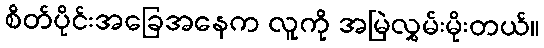
စိတ်ပိုင်းအခြေအနေက လူကို အမြဲလွှမ်းမိုးတယ်။